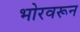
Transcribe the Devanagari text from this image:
भोरवरून